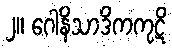
၂။ ဂေါနိသာဒိကကုဋိ